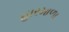
હારમાળા